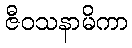
ဇီဝသနာမိကာ